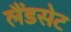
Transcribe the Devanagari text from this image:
लैंडसेट